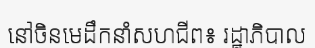
នៅចិនមេដឹកនាំសហជីព៖ រដ្ឋាភិបាល